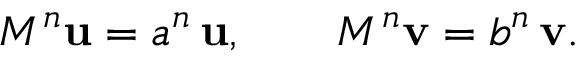
M ^ { n } \mathbf { u } = a ^ { n } \, \mathbf { u } , \qquad M ^ { n } \mathbf { v } = b ^ { n } \, \mathbf { v } .